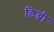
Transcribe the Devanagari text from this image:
डिन्जी